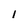
Character: 1